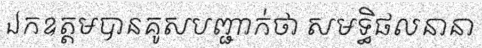
ឯកឧត្តមបានគូសបញ្ជាក់ថា សមទ្ធិផលនានា